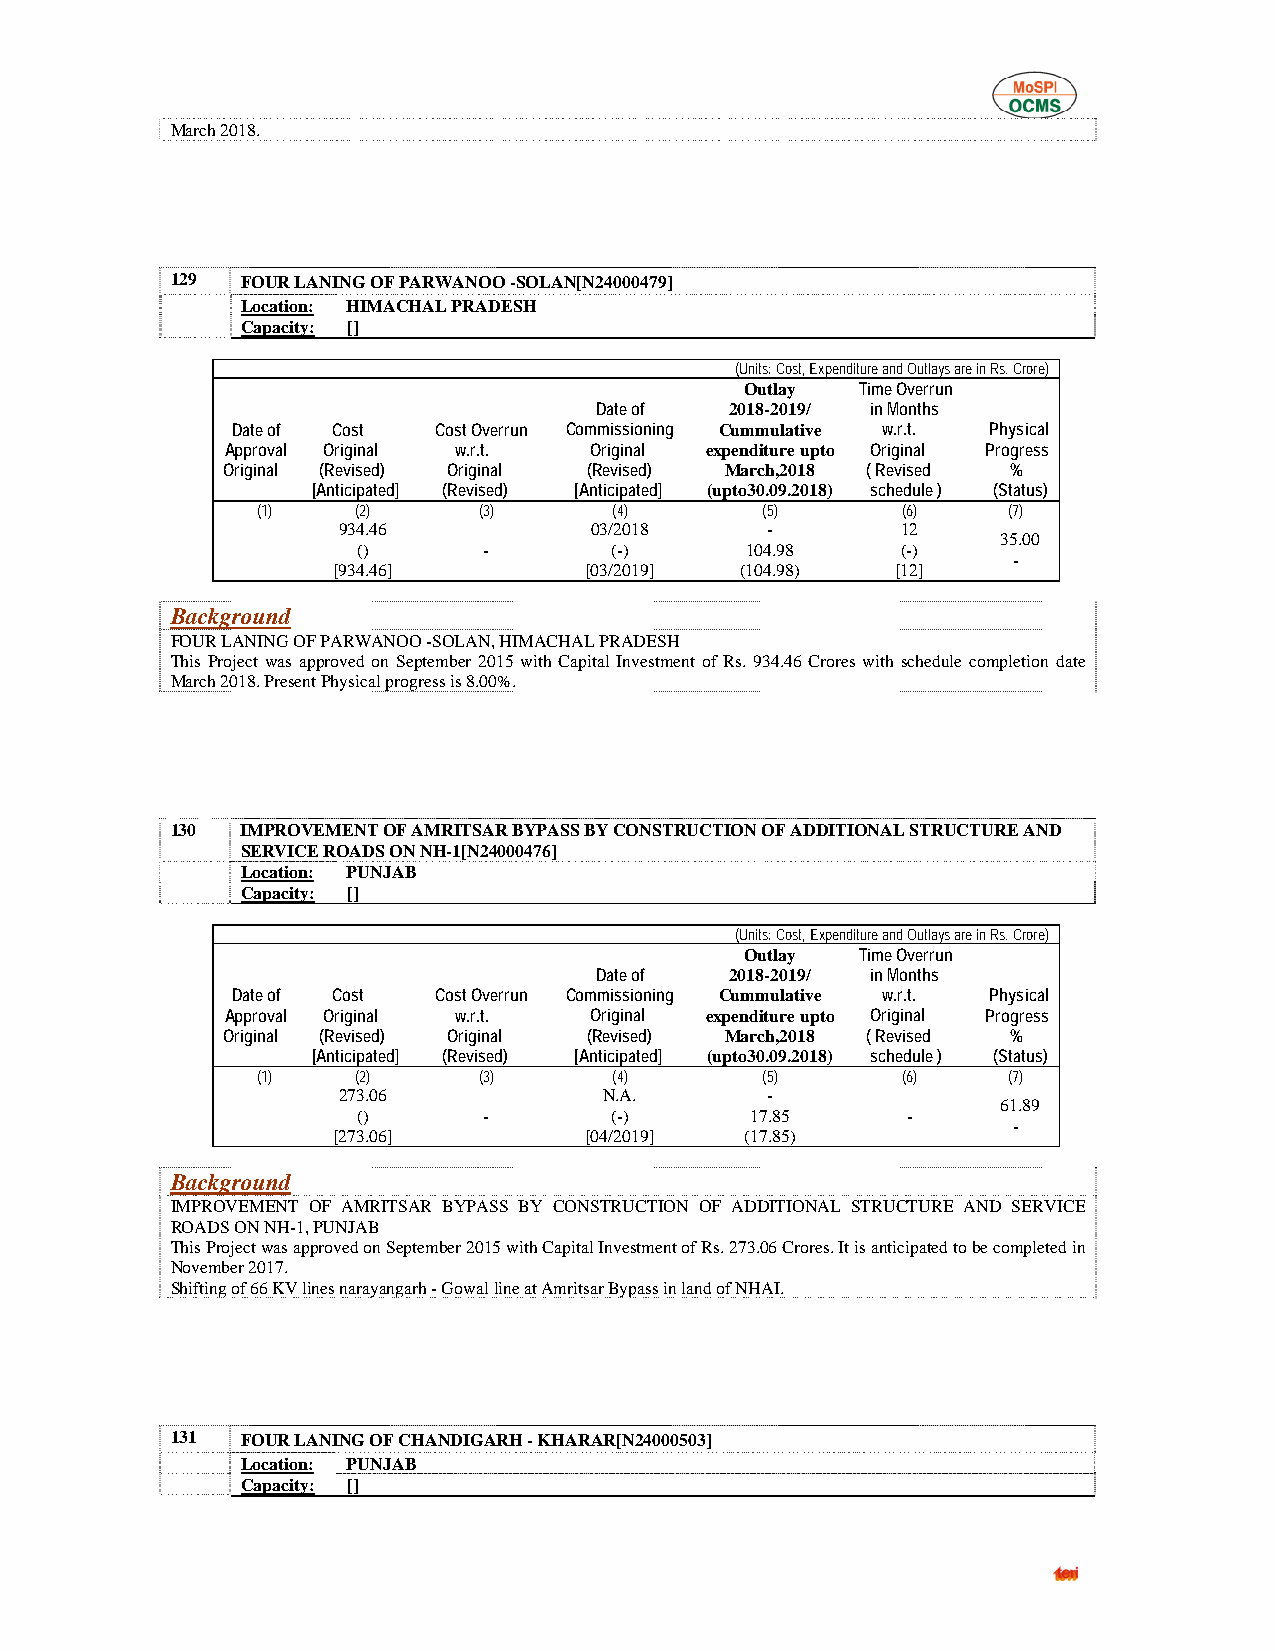
March 2018.
 129  FOUR LANING OF PARWANOO -SOLAN[N24000479]
 Location: HIMACHAL PRADESH
 Capacity: []
 (Units: Cost, Expenditure and Outlays are in Rs. Crore)
 Outlay  Time Overrun
 Date of  2018-2019/ in Months
 Date of Cost  Cost Overrun Commissioning Cummulative w.r.t. Physical
 Approval Original w.r.t. Original expenditure upto Original Progress
 Original (Revised) Original (Revised) March,2018 ( Revised %
 [Anticipated] (Revised) [Anticipated] (upto30.09.2018) schedule ) (Status)
 (1)    (2)     (3)      (4)      (5)       (6)    (7)
 934.46           03/2018     -        12
 35.00
 ()      -       (-)      104.98     (-)
 -
 [934.46]         [03/2019] (104.98)  [12]
 Background
 FOUR LANING OF PARWANOO -SOLAN, HIMACHAL PRADESH
 This Project was approved on September 2015 with Capital Investment of Rs. 934.46 Crores with schedule completion date
 March 2018. Present Physical progress is 8.00%.
 130  IMPROVEMENT OF AMRITSAR BYPASS BY CONSTRUCTION OF ADDITIONAL STRUCTURE AND
 SERVICE ROADS ON NH-1[N24000476]
 Location: PUNJAB
 Capacity: []
 (Units: Cost, Expenditure and Outlays are in Rs. Crore)
 Outlay  Time Overrun
 Date of  2018-2019/ in Months
 Date of Cost  Cost Overrun Commissioning Cummulative w.r.t. Physical
 Approval Original w.r.t. Original expenditure upto Original Progress
 Original (Revised) Original (Revised) March,2018 ( Revised %
 [Anticipated] (Revised) [Anticipated] (upto30.09.2018) schedule ) (Status)
 (1)    (2)     (3)      (4)      (5)       (6)    (7)
 273.06            N.A.       -
 61.89
 ()      -       (-)       17.85     -
 -
 [273.06]         [04/2019] (17.85)
 Background
 IMPROVEMENT OF AMRITSAR BYPASS BY CONSTRUCTION OF ADDITIONAL STRUCTURE AND SERVICE
 ROADS ON NH-1, PUNJAB
 This Project was approved on September 2015 with Capital Investment of Rs. 273.06 Crores. It is anticipated to be completed in
 November 2017.
 Shifting of 66 KV lines narayangarh - Gowal line at Amritsar Bypass in land of NHAI.
 131  FOUR LANING OF CHANDIGARH - KHARAR[N24000503]
 Location: PUNJAB
 Capacity: []